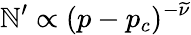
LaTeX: \mathbb{N}^{\prime}\propto(p-p_{c})^{-\widetilde{\nu}}